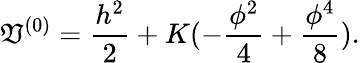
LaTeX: {\cal\mathfrak{V}}^{(0)}=\frac{{h^{2}}}{{2}}+K(-\frac{{\phi^{2}}}{{4}}+\frac{{\phi^{4}}}{{8}}).